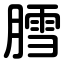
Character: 膤